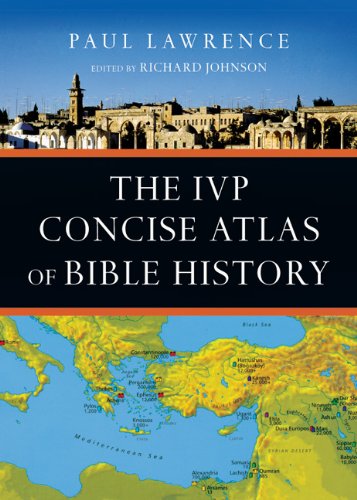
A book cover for The IVP Concise Atlas of Bible History; Paul Lawrence; Christian Books & Bibles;